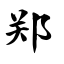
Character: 郑